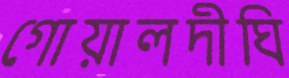
গোয়ালদীঘি